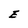
Character: E